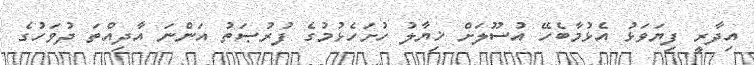
އިދާރީ ފިޔަވަޅު އެޅުމާބެހޭ އުސޫލަށް ޚިޔާލު ހުށަހެޅުމުގެ ފުރުޞަތު އަންނަ އާދިއްތަ ދުވަހުގެ